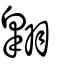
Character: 翺